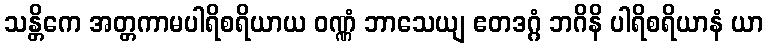
သန္တိကေ အတ္တကာမပါရိစရိယာယ ဝဏ္ဏံ ဘာသေယျ ဧတဒဂ္ဂံ ဘဂိနိ ပါရိစရိယာနံ ယာ